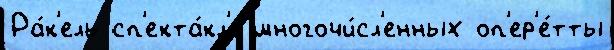
Ра́к'ель сп'екта́кл'е многочи́сл'енных оп'ер'е́тты